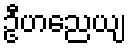
ဦဟညေယျ